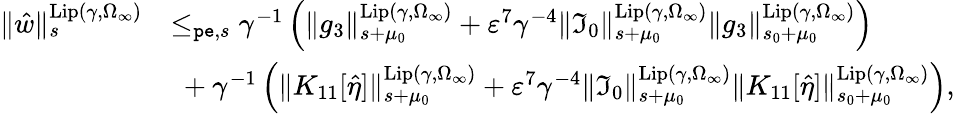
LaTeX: \begin{array}{rl}{\rVert\hat{w}\rVert_{s}^{\mathrm{Lip}(\gamma,\Omega_{\infty})}}&{\le_{\mathtt{pe},s}\gamma^{-1}\left(\rVert g_{3}\rVert_{s+\mu_{0}}^{\mathrm{Lip}(\gamma,\Omega_{\infty})}+\varepsilon^{7}\gamma^{-4}\rVert\mathfrak{I}_{0}\rVert_{s+\mu_{0}}^{\mathrm{Lip}(\gamma,\Omega_{\infty})}\rVert g_{3}\rVert_{s_{0}+\mu_{0}}^{\mathrm{Lip}(\gamma,\Omega_{\infty})}\right)}\\ &{\ +\gamma^{-1}\left(\rVert K_{11}[\hat{\eta}]\rVert_{s+\mu_{0}}^{\mathrm{Lip}(\gamma,\Omega_{\infty})}+\varepsilon^{7}\gamma^{-4}\rVert\mathfrak{I}_{0}\rVert_{s+\mu_{0}}^{\mathrm{Lip}(\gamma,\Omega_{\infty})}\rVert K_{11}[\hat{\eta}]\rVert_{s_{0}+\mu_{0}}^{\mathrm{Lip}(\gamma,\Omega_{\infty})}\right),}\end{array}